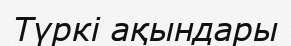
Түркі ақындары